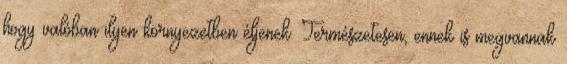
hogy valóban ilyen környezetben éljenek. Természetesen, ennek is megvannak